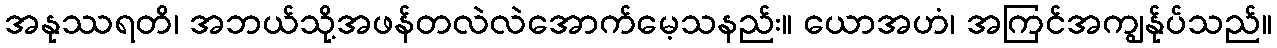
အနုဿရတိ၊ အဘယ်သို့အဖန်တလဲလဲအောက်မေ့သနည်း။ ယောအဟံ၊ အကြင်အကျွန်ုပ်သည်။